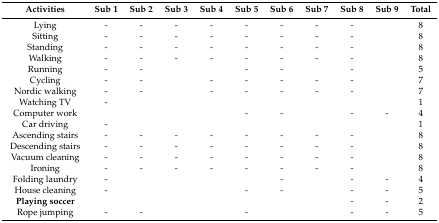
<table><thead><tr><td><b>Activities</b></td><td><b>Sub 1</b></td><td><b>Sub 2</b></td><td><b>Sub 3</b></td><td><b>Sub 4</b></td><td><b>Sub 5</b></td><td><b>Sub 6</b></td><td><b>Sub 7</b></td><td><b>Sub 8</b></td><td><b>Sub 9</b></td><td><b>Total</b></td></tr></thead><tbody><tr><td>Lying</td><td>-</td><td>-</td><td>-</td><td>-</td><td>-</td><td>-</td><td>-</td><td>-</td><td></td><td>8</td></tr><tr><td>Sitting</td><td>-</td><td>-</td><td>-</td><td>-</td><td>-</td><td>-</td><td>-</td><td>-</td><td></td><td>8</td></tr><tr><td>Standing</td><td>-</td><td>-</td><td>-</td><td>-</td><td>-</td><td>-</td><td>-</td><td>-</td><td></td><td>8</td></tr><tr><td>Walking</td><td>-</td><td>-</td><td>-</td><td>-</td><td>-</td><td>-</td><td>-</td><td>-</td><td></td><td>8</td></tr><tr><td>Running</td><td>-</td><td>-</td><td></td><td></td><td>-</td><td>-</td><td></td><td>-</td><td></td><td>5</td></tr><tr><td>Cycling</td><td>-</td><td>-</td><td></td><td>-</td><td>-</td><td>-</td><td>-</td><td>-</td><td></td><td>7</td></tr><tr><td>Nordic walking</td><td>-</td><td>-</td><td></td><td>-</td><td>-</td><td>-</td><td>-</td><td>-</td><td></td><td>7</td></tr><tr><td>Watching TV</td><td>-</td><td></td><td></td><td></td><td></td><td></td><td></td><td></td><td></td><td>1</td></tr><tr><td>Computer work</td><td></td><td></td><td></td><td></td><td>-</td><td>-</td><td></td><td>-</td><td>-</td><td>4</td></tr><tr><td>Car driving</td><td>-</td><td></td><td></td><td></td><td></td><td></td><td></td><td></td><td></td><td>1</td></tr><tr><td>Ascending stairs</td><td>-</td><td>-</td><td>-</td><td>-</td><td>-</td><td>-</td><td>-</td><td>-</td><td></td><td>8</td></tr><tr><td>Descending stairs</td><td>-</td><td>-</td><td>-</td><td>-</td><td>-</td><td>-</td><td>-</td><td>-</td><td></td><td>8</td></tr><tr><td>Vacuum cleaning</td><td>-</td><td>-</td><td>-</td><td>-</td><td>-</td><td>-</td><td>-</td><td>-</td><td></td><td>8</td></tr><tr><td>Ironing</td><td>-</td><td>-</td><td>-</td><td>-</td><td>-</td><td>-</td><td>-</td><td>-</td><td></td><td>8</td></tr><tr><td>Folding laundry</td><td>-</td><td></td><td></td><td></td><td></td><td>-</td><td></td><td>-</td><td>-</td><td>4</td></tr><tr><td>House cleaning</td><td>-</td><td></td><td></td><td></td><td>-</td><td>-</td><td></td><td>-</td><td>-</td><td>5</td></tr><tr><td><b>Playing soccer</b></td><td></td><td></td><td></td><td></td><td></td><td></td><td></td><td>-</td><td>-</td><td>2</td></tr><tr><td>Rope jumping</td><td>-</td><td>-</td><td></td><td></td><td>-</td><td></td><td></td><td>-</td><td>-</td><td>5</td></tr></tbody></table>